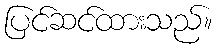
ပြင်ဆင်ထားသည်။